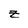
Character: z